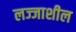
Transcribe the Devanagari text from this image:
लज्जाशील